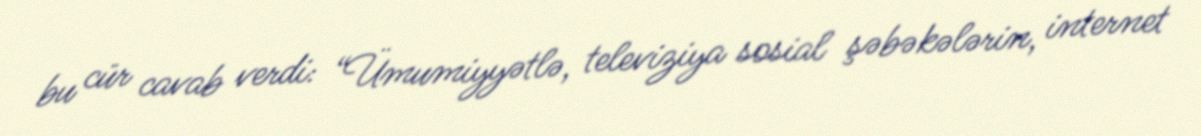
bu cür cavab verdi: “Ümumiyyətlə, televiziya sosial şəbəkələrin, internet